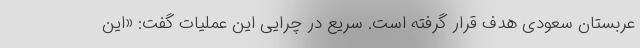
عربستان سعودی هدف قرار گرفته است. سریع در چرایی این عملیات گفت: «این